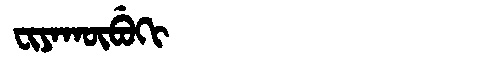
Manchu: ᠸᡳᠶᠠᡴᡡᠪᡠᡴᡳ
Romanization: FIYAKŪBUKI